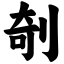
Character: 剞